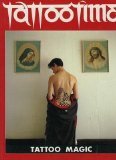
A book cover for Tattoo Magic (Tattootime. No. 2); Health, Fitness & Dieting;